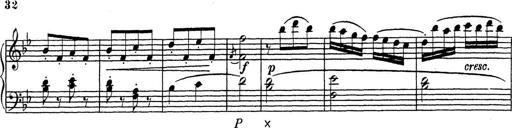
Title: ÄŒeskÃ© Sonatiny
Composer: Various